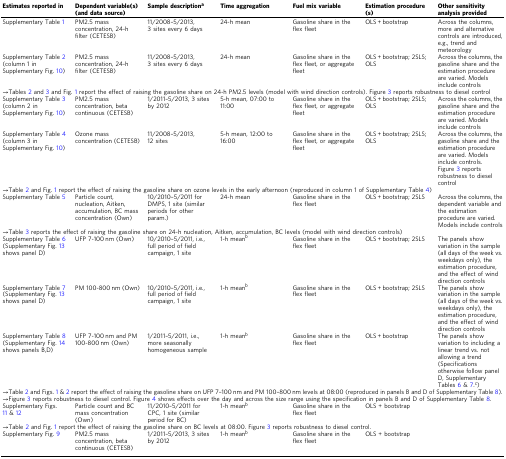
<table><thead><tr><td><b>Estimates reported in</b></td><td><b>Dependent variable(s) (and data source)</b></td><td><b>Sample description<sup>a</sup></b></td><td><b>Time aggregation</b></td><td><b>Fuel mix variable</b></td><td><b>Estimation procedure(s)</b></td><td><b>Other sensitivity analysis provided</b></td></tr></thead><tbody><tr><td>Supplementary Table 1</td><td>PM2.5 mass concentration, 24-h filter (CETESB)</td><td>11/2008–5/2013, 3 sites every 6 days</td><td>24-h mean</td><td>Gasoline share in the flex fleet</td><td>OLS + bootstrap</td><td>Across the columns, more and alternative controls are introduced, e.g., trend and meteorology</td></tr><tr><td>Supplementary Table 2 (column 1 in Supplementary Fig. 10)</td><td>PM2.5 mass concentration, 24-h filter (CETESB)</td><td>11/2008–5/2013, 3 sites every 6 days</td><td>24-h mean</td><td>Gasoline share in the flex fleet, or aggregate fleet</td><td>OLS + bootstrap; 2SLS; OLS</td><td>Across the columns, the gasoline share and the estimation procedure are varied. Models include controls</td></tr><tr><td colspan="7">→Tables 2 and 3 and Fig. 1 report the effect of raising the gasoline share on 24-h PM2.5 levels (model with wind direction controls). Figure 3 reports robustness to diesel control</td></tr><tr><td>Supplementary Table 3 (column 2 in Supplementary Fig. 10)</td><td>PM2.5 mass concentration, beta continuous (CETESB)</td><td>1/2011–5/2013, 3 sites by 2012</td><td>5-h mean, 07:00 to 11:00</td><td>Gasoline share in the flex fleet, or aggregate fleet</td><td>OLS + bootstrap; 2SLS; OLS</td><td>Across the columns, the gasoline share and the estimation procedure are varied. Models include controls</td></tr><tr><td>Supplementary Table 4 (column 3 in Supplementary Fig. 10)</td><td>Ozone mass concentration (CETESB)</td><td>11/2008–5/2013, 12 sites</td><td>5-h mean, 12:00 to 16:00</td><td>Gasoline share in the flex fleet, or aggregate fleet</td><td>OLS + bootstrap; 2SLS; OLS</td><td>Across the columns, the gasoline share and the estimation procedure are varied. Models include controls. Figure 3 reports robustness to diesel control</td></tr><tr><td colspan="7">→Table 2 and Fig. 1 report the effect of raising the gasoline share on ozone levels in the early afternoon (reproduced in column 1 of Supplementary Table 4)</td></tr><tr><td>Supplementary Table 5</td><td>Particle count, nucleation, Aitken, accumulation, BC mass concentration (Own)</td><td>10/2010–5/2011 for DMPS, 1 site (similar periods for other param.)</td><td>24-h mean</td><td>Gasoline share in the flex fleet</td><td>OLS + bootstrap; 2SLS</td><td>Across the columns, the dependent variable and the estimation procedure are varied. Models include controls</td></tr><tr><td colspan="7">→Table 3 reports the effect of raising the gasoline share on 24-h nucleation, Aitken, accumulation, BC levels (model with wind direction controls)</td></tr><tr><td>Supplementary Table 6 (Supplementary Fig. 13 shows panel D)</td><td>UFP 7‐100 nm (Own)</td><td>10/2010–5/2011, i.e., full period of field campaign, 1 site</td><td>1-h mean<sup>b</sup></td><td>Gasoline share in the flex fleet</td><td>OLS + bootstrap; 2SLS</td><td>The panels show variation in the sample (all days of the week vs. weekdays only), the estimation procedure, and the effect of wind direction controls</td></tr><tr><td>Supplementary Table 7 (Supplementary Fig. 13 shows panel D)</td><td>PM 100‐800 nm (Own)</td><td>10/2010–5/2011, i.e., full period of field campaign, 1 site</td><td>1-h mean<sup>b</sup></td><td>Gasoline share in the flex fleet</td><td>OLS + bootstrap; 2SLS</td><td>The panels show variation in the sample (all days of the week vs. weekdays only), the estimation procedure, and the effect of wind direction controls</td></tr><tr><td>Supplementary Table 8 (Supplementary Fig. 14 shows panels B,D)</td><td>UFP 7‐100 nm and PM 100‐800 nm (Own)</td><td>1/2011–5/2011, i.e., more seasonally homogeneous sample</td><td>1-h mean<sup>b</sup></td><td>Gasoline share in the flex fleet</td><td>OLS + bootstrap</td><td>The panels show variation to including a linear trend vs. not allowing a trend (Specifications otherwise follow panel D, Supplementary Tables 6 &amp; 7.<sup>c</sup>)</td></tr><tr><td colspan="7">→Table 2 and Figs. 1 &amp; 2 report the effect of raising the gasoline share on UFP 7–100 nm and PM 100–800 nm levels at 08:00 (reproduced in panels B and D of Supplementary Table 8).</td></tr><tr><td colspan="7">→Figure 3 reports robustness to diesel control. Figure 4 shows effects over the day and across the size range using the specification in panels B and D of Supplementary Table 8.</td></tr><tr><td>Supplementary Figs. 11 &amp; 12</td><td>Particle count and BC mass concentration (Own)</td><td>11/2010–5/2011 for CPC, 1 site (similar period for BC)</td><td>1-h mean<sup>b</sup></td><td>Gasoline share in the flex fleet</td><td>OLS + bootstrap</td><td></td></tr><tr><td colspan="7">→Table 2 and Fig. 1 report the effect of raising the gasoline share on BC levels at 08:00. Figure 3 reports robustness to diesel control.</td></tr><tr><td>Supplementary Fig. 9</td><td>PM2.5 mass concentration, beta continuous (CETESB)</td><td>1/2011–5/2013, 3 sites by 2012</td><td>1-h mean<sup>b</sup></td><td>Gasoline share in the flex fleet</td><td>OLS + bootstrap</td><td></td></tr></tbody></table>